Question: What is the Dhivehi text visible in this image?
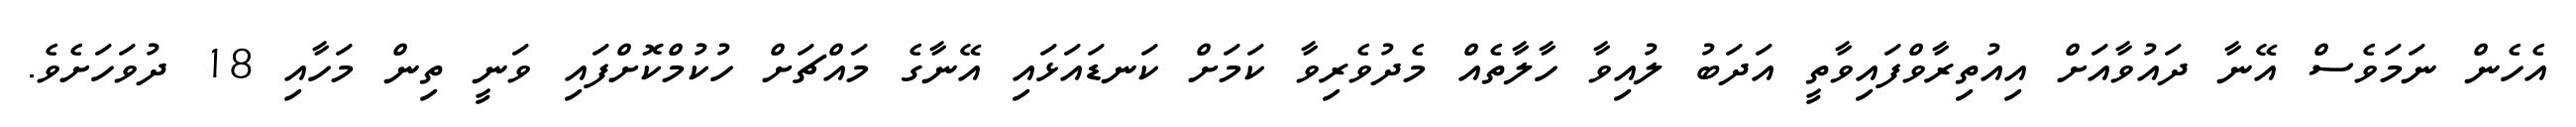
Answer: އެހެން ނަމަވެސް އޭނާ ދައުވާއަށް އިއުތިރާވްފައިވާތީ އަދަބު ލުއިވާ ހާލާތެއް މެދުވެރިވާ ކަމަށް ކަނޑައަޅައި އޭނާގެ މައްޗަށް ހުކުމްކޮށްފައި ވަނީ ތިން މަހާއި 18 ދުވަހަށެވެ.